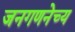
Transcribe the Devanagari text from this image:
जनगणनेच्य